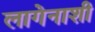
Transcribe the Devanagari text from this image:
लागेनाशी